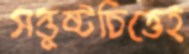
সন্তুষ্টচিত্তেই